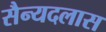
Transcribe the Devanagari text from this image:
सैन्यदलास